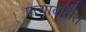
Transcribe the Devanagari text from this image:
प्रत्यावर्तित